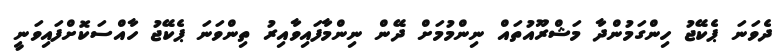
ދެވަނަ ޕެކޭޖު ހިންގަމުންދާ މަޝްރޫއުތައް ނިންމުމަށް ދޭން ނިންމާފައިވާއިރު ތިންވަނަ ޕެކޭޖު ހާއްސަކޮށްފައިވަނީ